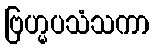
ဗြဟ္မပသံသကာ